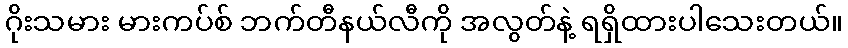
ဂိုးသမား မားကပ်စ် ဘက်တီနယ်လီကို အလွတ်နဲ့ ရရှိထားပါသေးတယ်။